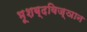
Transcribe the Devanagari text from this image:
भूशब्दविज्ञान